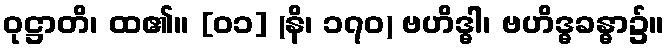
ဝုဋ္ဌာတိ၊ ထ၏။ [၀၁] (နိ၊ ၁၇၀) ဗဟိဒ္ဓါ၊ ဗဟိဒ္ဓခန္ဓာ၌။